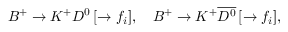
B ^ { + } \to K ^ { + } D ^ { 0 } \, [ \to f _ { i } ] , \quad B ^ { + } \to K ^ { + } \overline { { { D ^ { 0 } } } } \, [ \to f _ { i } ] ,